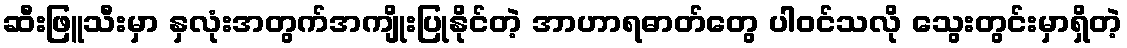
ဆီးဖြူသီးမှာ နှလုံးအတွက်အကျိုးပြုနိုင်တဲ့ အာဟာရဓာတ်တွေ ပါဝင်သလို သွေးတွင်းမှာရှိတဲ့